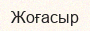
Жоғасыр